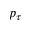
p _ { \tau }